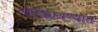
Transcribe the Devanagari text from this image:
लटकावण्यात